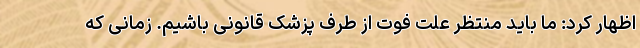
اظهار کرد: ما باید منتظر علت فوت از طرف پزشک قانونی باشیم. زمانی که